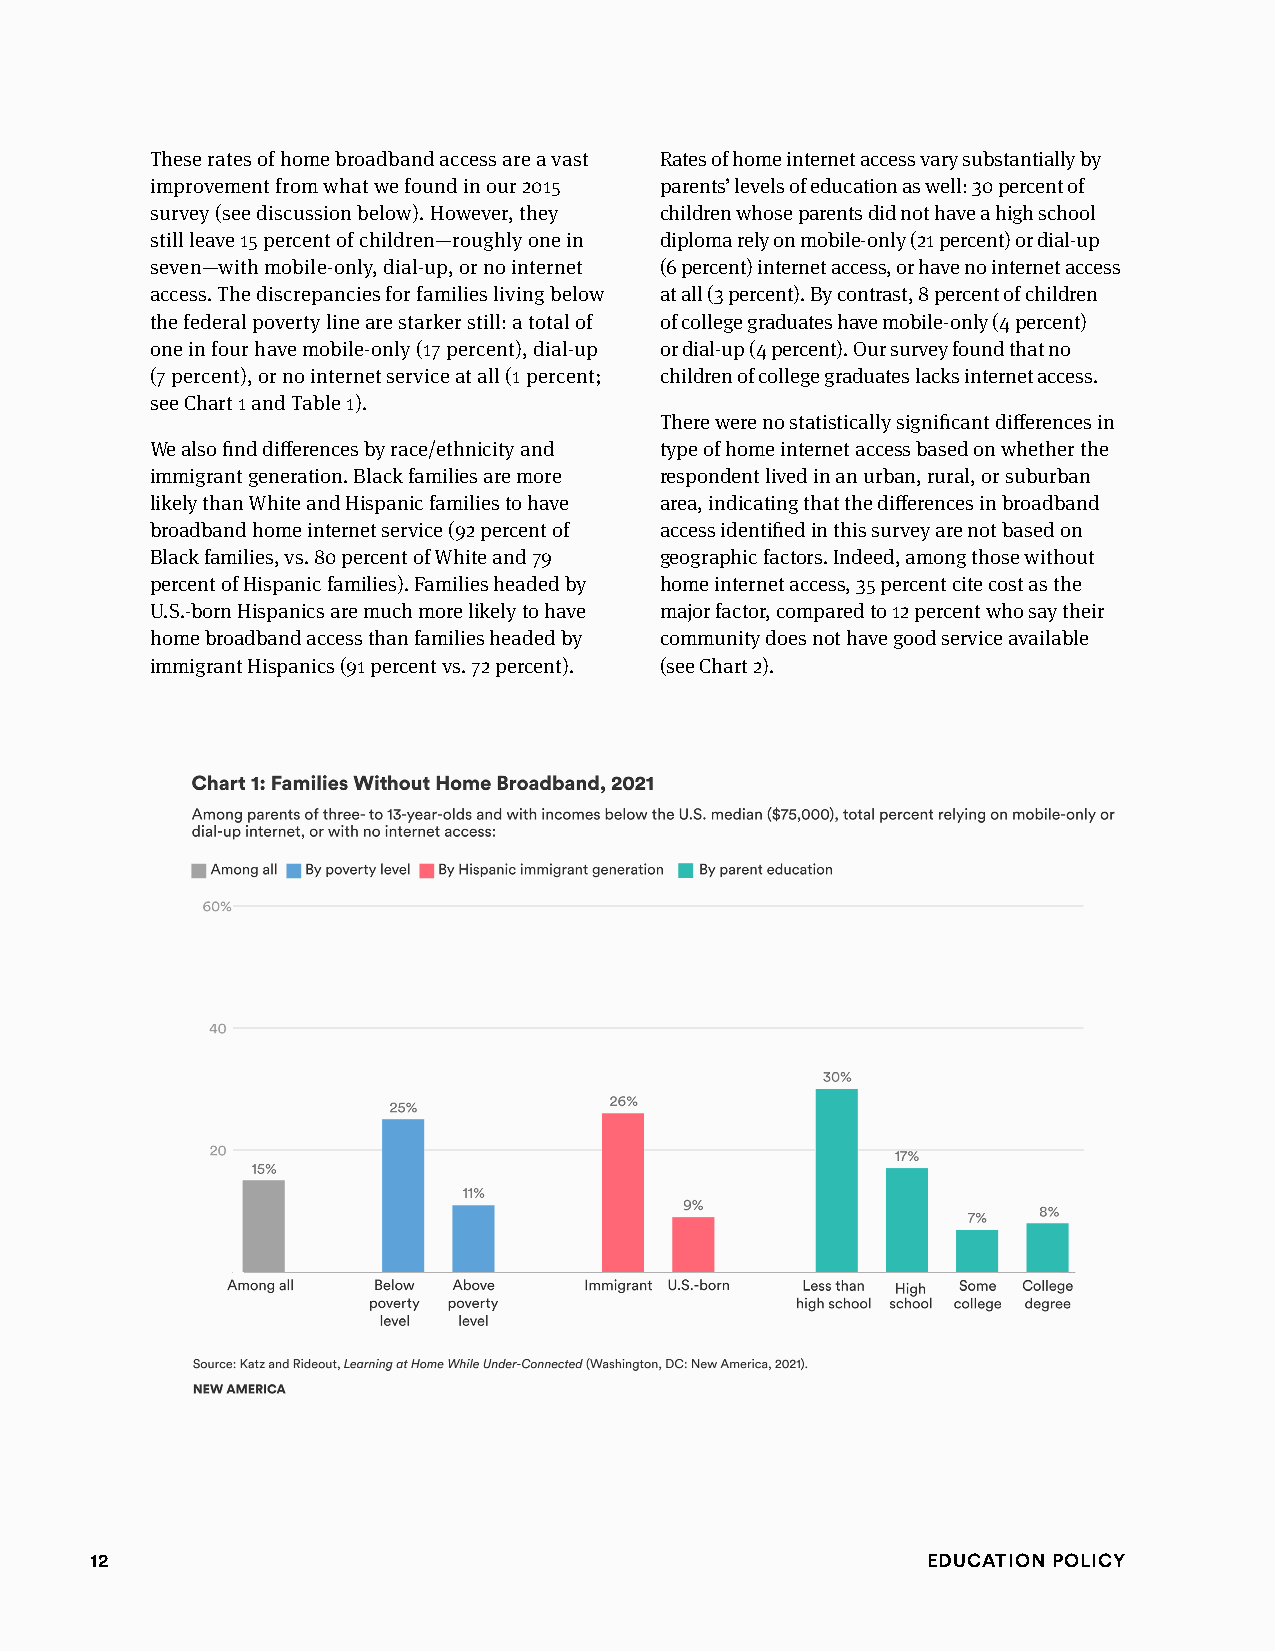
These rates of home broadband access are a vast Rates of home internet access vary substantially by
 improvement from what we found in our 2015 parents’ levels of education as well: 30 percent of
 survey (see discussion below). However, they children whose parents did not have a high school
 still leave 15 percent of children—roughly one in diploma rely on mobile-only (21 percent) or dial-up
 seven—with mobile-only, dial-up, or no internet (6 percent) internet access, or have no internet access
 access. The discrepancies for families living below at all (3 percent). By contrast, 8 percent of children
 the federal poverty line are starker still: a total of of college graduates have mobile-only (4 percent)
 one in four have mobile-only (17 percent), dial-up or dial-up (4 percent). Our survey found that no
 (7 percent), or no internet service at all (1 percent; children of college graduates lacks internet access.
 see Chart 1 and Table 1).
 There were no statistically significant differences in
 We also find differences by race/ethnicity and type of home internet access based on whether the
 immigrant generation. Black families are more respondent lived in an urban, rural, or suburban
 likely than White and Hispanic families to have area, indicating that the differences in broadband
 broadband home internet service (92 percent of access identified in this survey are not based on
 Black families, vs. 80 percent of White and 79 geographic factors. Indeed, among those without
 percent of Hispanic families). Families headed by home internet access, 35 percent cite cost as the
 U.S.-born Hispanics are much more likely to have major factor, compared to 12 percent who say their
 home broadband access than families headed by community does not have good service available
 immigrant Hispanics (91 percent vs. 72 percent). (see Chart 2).
 12                                                     Education Policy